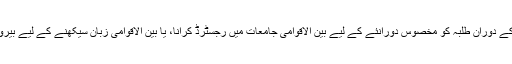
بسا اوقات ڈگری پروگرام کے دوران طلبہ کو مخصوس دورانئے کے لیے بین الاقوامی جامعات میں رجسٹرڈ کرانا، یا بین الاقوامی زبان سیکھنے کے لیے بیرون ملک بھیجوانا شامل ہے۔